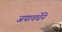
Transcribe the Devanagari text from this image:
जयावर्धेने